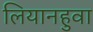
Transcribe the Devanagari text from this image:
लियानहुवा